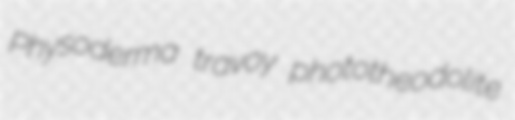
Physoderma travoy phototheodolite